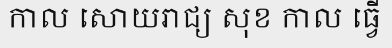
កាល សោយរាជ្យ សុខ កាល ធ្វើ